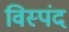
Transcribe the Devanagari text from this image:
विस्पंद